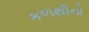
કળથીનો